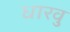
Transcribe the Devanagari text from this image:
धारवु